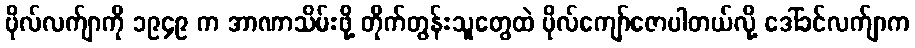
ဗိုလ်လက်ျာကို ၁၉၄၉ က အာဏာသိမ်းဖို့ တိုက်တွန်းသူတွေထဲ ဗိုလ်ကျော်ဇောပါတယ်လို့ ဒေါ်ခင်လက်ျာက